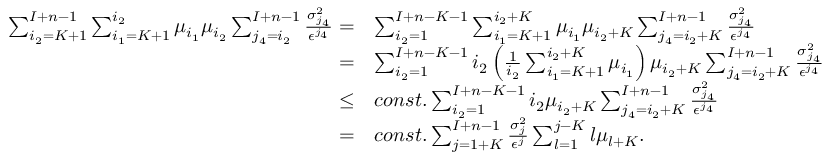
\begin{array} { r l } { \sum _ { i _ { 2 } = K + 1 } ^ { I + n - 1 } \sum _ { i _ { 1 } = K + 1 } ^ { i _ { 2 } } \mu _ { i _ { 1 } } \mu _ { i _ { 2 } } \sum _ { j _ { 4 } = i _ { 2 } } ^ { I + n - 1 } \frac { \sigma _ { j _ { 4 } } ^ { 2 } } { \epsilon ^ { j _ { 4 } } } = } & { \sum _ { i _ { 2 } = 1 } ^ { I + n - K - 1 } \sum _ { i _ { 1 } = K + 1 } ^ { i _ { 2 } + K } \mu _ { i _ { 1 } } \mu _ { i _ { 2 } + K } \sum _ { j _ { 4 } = i _ { 2 } + K } ^ { I + n - 1 } \frac { \sigma _ { j _ { 4 } } ^ { 2 } } { \epsilon ^ { j _ { 4 } } } } \\ { = } & { \sum _ { i _ { 2 } = 1 } ^ { I + n - K - 1 } i _ { 2 } \left( \frac { 1 } { i _ { 2 } } \sum _ { i _ { 1 } = K + 1 } ^ { i _ { 2 } + K } \mu _ { i _ { 1 } } \right) \mu _ { i _ { 2 } + K } \sum _ { j _ { 4 } = i _ { 2 } + K } ^ { I + n - 1 } \frac { \sigma _ { j _ { 4 } } ^ { 2 } } { \epsilon ^ { j _ { 4 } } } } \\ { \leq } & { c o n s t . \sum _ { i _ { 2 } = 1 } ^ { I + n - K - 1 } i _ { 2 } \mu _ { i _ { 2 } + K } \sum _ { j _ { 4 } = i _ { 2 } + K } ^ { I + n - 1 } \frac { \sigma _ { j _ { 4 } } ^ { 2 } } { \epsilon ^ { j _ { 4 } } } } \\ { = } & { c o n s t . \sum _ { j = 1 + K } ^ { I + n - 1 } \frac { \sigma _ { j } ^ { 2 } } { \epsilon ^ { j } } \sum _ { l = 1 } ^ { j - K } l \mu _ { l + K } . } \end{array}